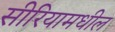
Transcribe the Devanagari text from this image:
सीरियामधील